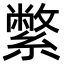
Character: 䌘